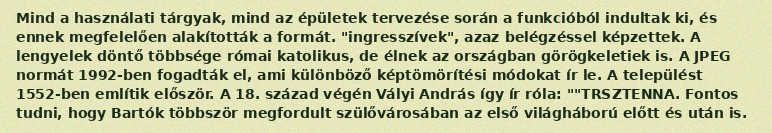
Mind a használati tárgyak, mind az épületek tervezése során a funkcióból indultak ki, és ennek megfelelően alakították a formát. "ingresszívek", azaz belégzéssel képzettek. A lengyelek döntő többsége római katolikus, de élnek az országban görögkeletiek is. A JPEG normát 1992-ben fogadták el, ami különböző képtömörítési módokat ír le. A települést 1552-ben említik először. A 18. század végén Vályi András így ír róla: ""TRSZTENNA. Fontos tudni, hogy Bartók többször megfordult szülővárosában az első világháború előtt és után is.